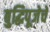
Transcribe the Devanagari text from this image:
बुद्धिपूजेचे